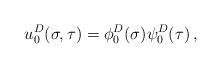
LaTeX: \begin{align*}u_0^D(\sigma,\tau) = \phi_0^D(\sigma) \psi_0 ^D(\tau)\,,\end{align*}